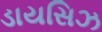
ડાયસિઝ